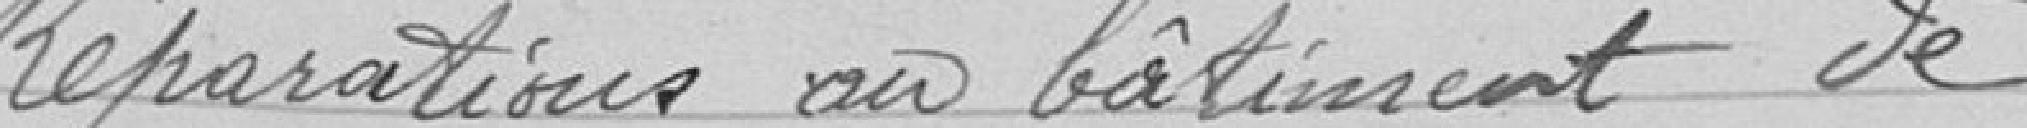
Réparations au bâtiment de